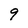
Character: 9